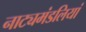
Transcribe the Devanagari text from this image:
नाट्यमंडलियां